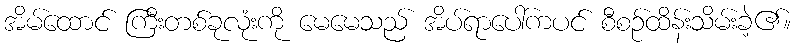
အိမ်ထောင် ကြီးတစ်ခုလုံးကို မေမေသည် အိပ်ရာပေါ်ကပင် စီစဉ်ထိန်းသိမ်းခဲ့၏။